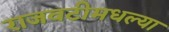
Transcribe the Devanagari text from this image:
राजवटीमधल्या